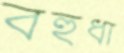
বহুধা